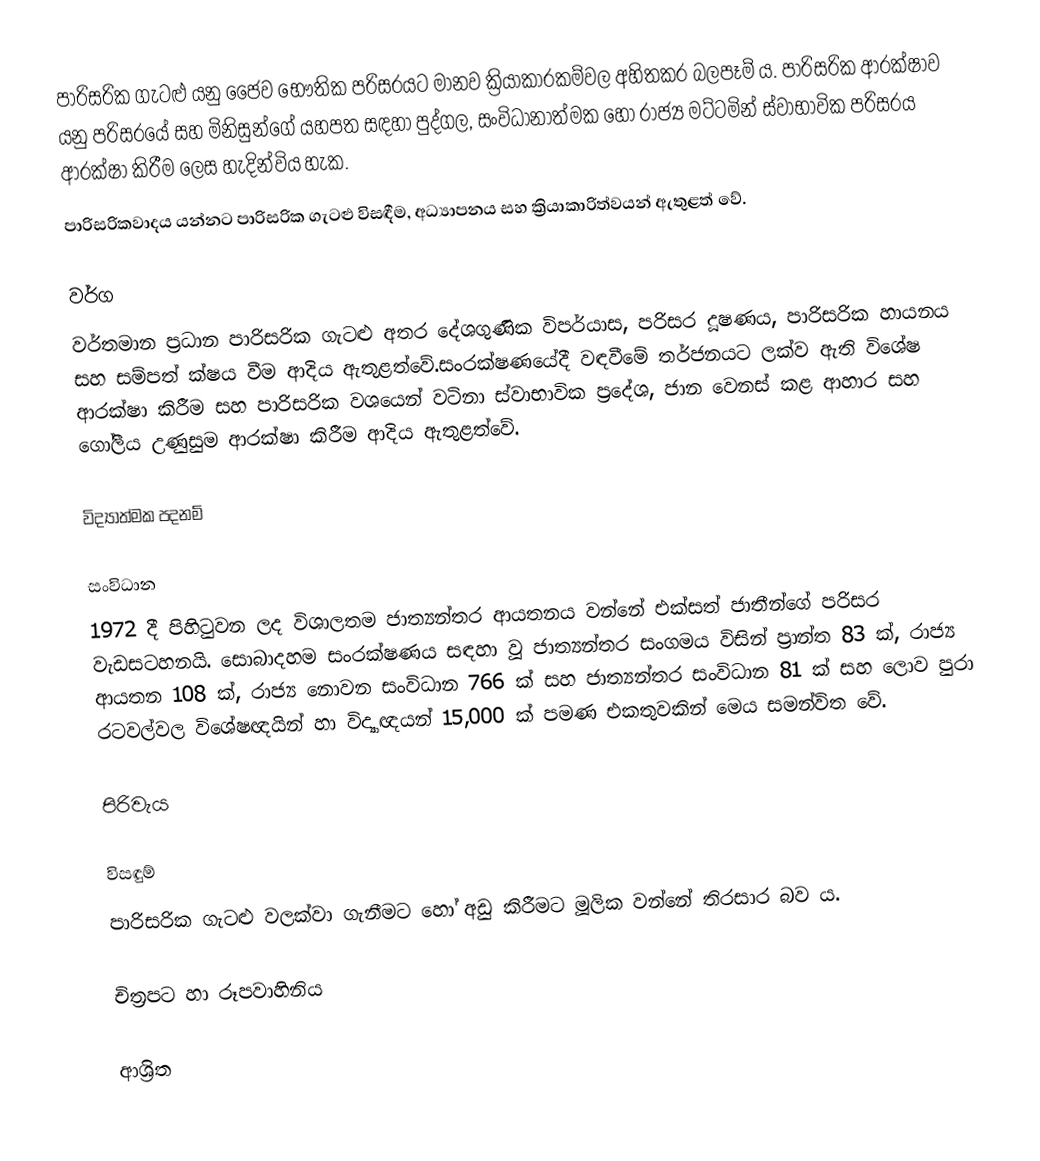
පාරිසරික ගැටළු යනු ජෛව භෞතික පරිසරයට මානව ක්‍රියාකාරකම්වල අහිතකර බලපෑම් ය. පාරිසරික ආරක්ෂාව යනු පරිසරයේ සහ මිනිසුන්ගේ යහපත සඳහා පුද්ගල, සංවිධානාත්මක හෝ රාජ්‍ය මට්ටමින් ස්වාභාවික පරිසරය ආරක්ෂා කිරීම ලෙස හැදින්විය හැක.
පාරිසරිකවාදය යන්නට පාරිසරික ගැටළු විසඳීම, අධ්‍යාපනය සහ ක්‍රියාකාරිත්වයන් ඇතුළත් වේ.

වර්ග
වර්තමාන ප්‍රධාන පාරිසරික ගැටළු අතර දේශගුණික විපර්යාස, පරිසර දූෂණය, පාරිසරික හායනය සහ සම්පත් ක්ෂය වීම ආදිය ඇතුළත්වේ.සංරක්ෂණයේදී වඳවීමේ තර්ජනයට ලක්ව ඇති විශේෂ ආරක්ෂා කිරීම සහ පාරිසරික වශයෙන් වටිනා ස්වාභාවික ප්‍රදේශ, ජාන වෙනස් කළ ආහාර සහ ගෝලීය උණුසුම ආරක්ෂා කිරීම ආදිය ඇතුළත්වේ.

විද්‍යාත්මක පදනම්

සංවිධාන
1972 දී පිහිටුවන ලද විශාලතම ජාත්‍යන්තර ආයතනය වන්නේ එක්සත් ජාතීන්ගේ පරිසර වැඩසටහනයි. සොබාදහම සංරක්ෂණය සඳහා වූ ජාත්‍යන්තර සංගමය විසින් ප්‍රාන්ත 83 ක්, රාජ්‍ය ආයතන 108 ක්, රාජ්‍ය නොවන සංවිධාන 766 ක් සහ ජාත්‍යන්තර සංවිධාන 81 ක් සහ ලොව පුරා රටවල්වල විශේෂඥයින් හා විද්‍යාඥයන් 15,000 ක් පමණ එකතුවකින් මෙය සමන්විත වේ.

පිරිවැය

විසඳුම්
පාරිසරික ගැටළු වලක්වා ගැනීමට හෝ අඩු කිරීමට මූලික වන්නේ තිරසාර බව ය.

චිත්‍රපට හා රූපවාහිනිය

ආශ්‍රිත